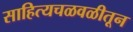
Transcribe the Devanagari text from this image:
साहित्यचळवळीतून